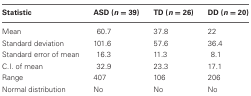
<table><thead><tr><td><b>Statistic</b></td><td><b>ASD (<i>n</i> = 39)</b></td><td><b>TD (<i>n</i> = 26)</b></td><td><b>DD (<i>n</i> = 20)</b></td></tr></thead><tbody><tr><td>Mean</td><td>60.7</td><td>37.8</td><td>22</td></tr><tr><td>Standard deviation</td><td>101.6</td><td>57.6</td><td>36.4</td></tr><tr><td>Standard error of mean</td><td>16.3</td><td>11.3</td><td>8.1</td></tr><tr><td>C.I. of mean</td><td>32.9</td><td>23.3</td><td>17.1</td></tr><tr><td>Range</td><td>407</td><td>106</td><td>206</td></tr><tr><td>Normal distribution</td><td>No</td><td>No</td><td>No</td></tr></tbody></table>